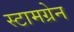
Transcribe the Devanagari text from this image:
स्टामग्रेन